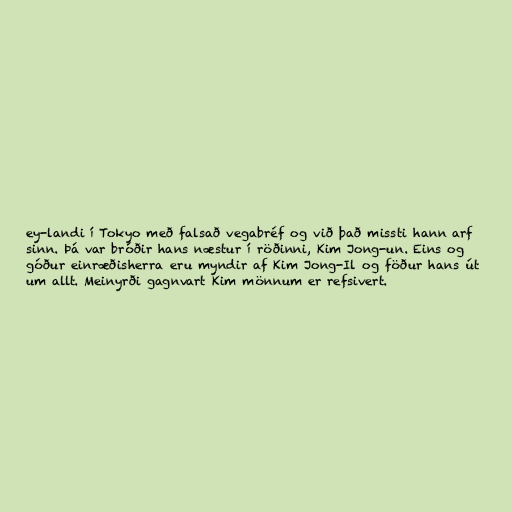
ey-landi í Tokyo með falsað vegabréf og við það missti hann arf
sinn. Þá var bróðir hans næstur í röðinni, Kim Jong-un. Eins og
góður einræðisherra eru myndir af Kim Jong-Il og föður hans út
um allt. Meinyrði gagnvart Kim mönnum er refsivert.